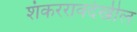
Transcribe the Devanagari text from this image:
शंकररावदेखील